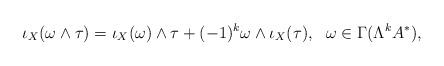
LaTeX: \begin{align*} \iota_X(\omega\wedge\tau)= \iota_X(\omega)\wedge\tau+ (-1)^k\omega\wedge \iota_X(\tau),~~\omega \in \Gamma (\Lambda^kA^\ast),\end{align*}